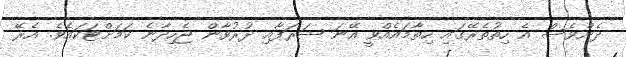
ދެންވެސް އެ ހިތުތެރޭގައި ހިތާމައެއްވީ އޭނަ ޝަރަފާއި ދުރުވާން ޖެހިދާނެ ކަމަށްޓަކައެވެ. އެރޭ